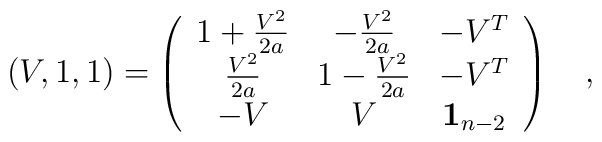
\left( V,1,1\right) =\left( \begin{array}{ccc}1+\frac{V^2}{2a} & -\frac{V^2}{2a} & -V^T \\ \frac{V^2}{2a} & 1-\frac{V^2}{2a} & -V^T \\ -V & V & {\bf 1}_{n-2} \end{array}\right) \quad ,